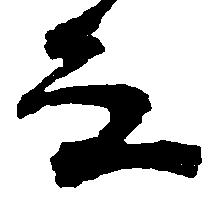
な